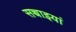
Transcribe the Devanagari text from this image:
सच्चाइयां